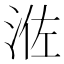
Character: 𰛰